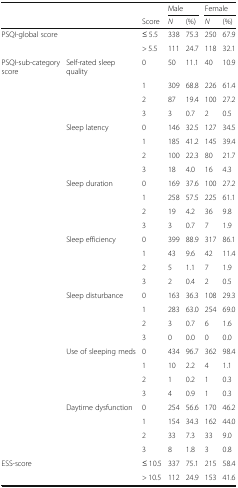
<table><thead><tr><td></td><td></td><td></td><td colspan="2"><b>Male</b></td><td colspan="2"><b>Female</b></td></tr><tr><td></td><td></td><td><b>Score</b></td><td><b><i>N</i></b></td><td><b>(%)</b></td><td><b><i>N</i></b></td><td><b>(%)</b></td></tr></thead><tbody><tr><td colspan="2">PSQI-global score</td><td>≤ 5.5</td><td>338</td><td>75.3</td><td>250</td><td>67.9</td></tr><tr><td></td><td></td><td>&gt; 5.5</td><td>111</td><td>24.7</td><td>118</td><td>32.1</td></tr><tr><td>PSQI-sub-category score</td><td>Self-rated sleep quality</td><td>0</td><td>50</td><td>11.1</td><td>40</td><td>10.9</td></tr><tr><td></td><td></td><td>1</td><td>309</td><td>68.8</td><td>226</td><td>61.4</td></tr><tr><td></td><td></td><td>2</td><td>87</td><td>19.4</td><td>100</td><td>27.2</td></tr><tr><td></td><td></td><td>3</td><td>3</td><td>0.7</td><td>2</td><td>0.5</td></tr><tr><td></td><td>Sleep latency</td><td>0</td><td>146</td><td>32.5</td><td>127</td><td>34.5</td></tr><tr><td></td><td></td><td>1</td><td>185</td><td>41.2</td><td>145</td><td>39.4</td></tr><tr><td></td><td></td><td>2</td><td>100</td><td>22.3</td><td>80</td><td>21.7</td></tr><tr><td></td><td></td><td>3</td><td>18</td><td>4.0</td><td>16</td><td>4.3</td></tr><tr><td></td><td>Sleep duration</td><td>0</td><td>169</td><td>37.6</td><td>100</td><td>27.2</td></tr><tr><td></td><td></td><td>1</td><td>258</td><td>57.5</td><td>225</td><td>61.1</td></tr><tr><td></td><td></td><td>2</td><td>19</td><td>4.2</td><td>36</td><td>9.8</td></tr><tr><td></td><td></td><td>3</td><td>3</td><td>0.7</td><td>7</td><td>1.9</td></tr><tr><td></td><td>Sleep efficiency</td><td>0</td><td>399</td><td>88.9</td><td>317</td><td>86.1</td></tr><tr><td></td><td></td><td>1</td><td>43</td><td>9.6</td><td>42</td><td>11.4</td></tr><tr><td></td><td></td><td>2</td><td>5</td><td>1.1</td><td>7</td><td>1.9</td></tr><tr><td></td><td></td><td>3</td><td>2</td><td>0.4</td><td>2</td><td>0.5</td></tr><tr><td></td><td>Sleep disturbance</td><td>0</td><td>163</td><td>36.3</td><td>108</td><td>29.3</td></tr><tr><td></td><td></td><td>1</td><td>283</td><td>63.0</td><td>254</td><td>69.0</td></tr><tr><td></td><td></td><td>2</td><td>3</td><td>0.7</td><td>6</td><td>1.6</td></tr><tr><td></td><td></td><td>3</td><td>0</td><td>0.0</td><td>0</td><td>0.0</td></tr><tr><td></td><td>Use of sleeping meds</td><td>0</td><td>434</td><td>96.7</td><td>362</td><td>98.4</td></tr><tr><td></td><td></td><td>1</td><td>10</td><td>2.2</td><td>4</td><td>1.1</td></tr><tr><td></td><td></td><td>2</td><td>1</td><td>0.2</td><td>1</td><td>0.3</td></tr><tr><td></td><td></td><td>3</td><td>4</td><td>0.9</td><td>1</td><td>0.3</td></tr><tr><td></td><td>Daytime dysfunction</td><td>0</td><td>254</td><td>56.6</td><td>170</td><td>46.2</td></tr><tr><td></td><td></td><td>1</td><td>154</td><td>34.3</td><td>162</td><td>44.0</td></tr><tr><td></td><td></td><td>2</td><td>33</td><td>7.3</td><td>33</td><td>9.0</td></tr><tr><td></td><td></td><td>3</td><td>8</td><td>1.8</td><td>3</td><td>0.8</td></tr><tr><td>ESS-score</td><td></td><td>≤ 10.5</td><td>337</td><td>75.1</td><td>215</td><td>58.4</td></tr><tr><td></td><td></td><td>&gt; 10.5</td><td>112</td><td>24.9</td><td>153</td><td>41.6</td></tr></tbody></table>